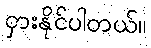
ငှားနိုင်ပါတယ်။